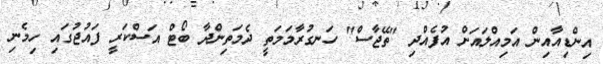
އިންޑިއާއިން އަމިއްލައަށް އުފެއްދި "ތޭޖާސް" ހަނގުރާމަމަތީ ދެމަތިންދާ ބޯޓް އަސްކަރީ ފައުޖުގައި ހިމެނި